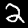
Label: 2